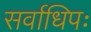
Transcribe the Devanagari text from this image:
सर्वाधिपः